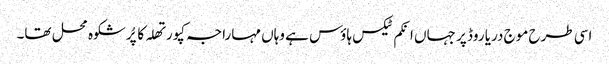
اسی طرح موج دریا روڈ پر جہاں انکم ٹیکس ہاؤس ہے وہاں مہاراجہ کپورتھلہ کا پُرشکوہ محل تھا۔